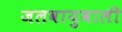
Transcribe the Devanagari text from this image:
जलवायुवाली